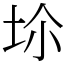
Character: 𡊒